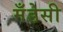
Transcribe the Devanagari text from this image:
मँडेसी